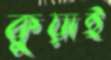
কুয়াই